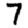
Digit: 7